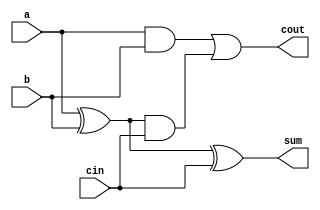
module Full_Adder_Gate(
input a, 
input b,
input cin,
output sum,
output cout
);
wire s1,s2,s3;
xor x1(s1,a,b);
and a1(s2,a,b);
xor x2(sum,s1,cin);
and a2(s3,s1,cin);
or o1(cout,s2,s3);
endmodule